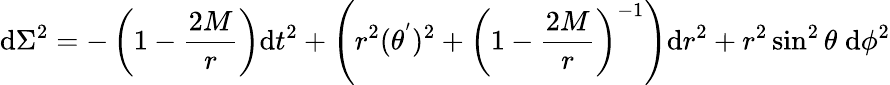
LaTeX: \mathrm{d}\Sigma^{2}=-\left(1-\frac{{2M}}{{r}}\right)\mathrm{d}t^{2}+\left(r^{2}(\theta^{'})^{2}+\left(1-\frac{{2M}}{{r}}\right)^{-1}\right)\mathrm{d}r^{2}+r^{2}\sin^{2}\theta\; \mathrm{d}\phi^{2}